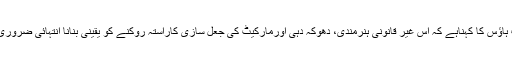
وہائٹ ہاؤس کا کہناہے کہ اس غیر قانونی ہنرمندی، دھوکہ دہی اورمارکیٹ کی جعل سازی کاراستہ روکنے کو یقینی بنانا انتہائی ضروری ہے ۔